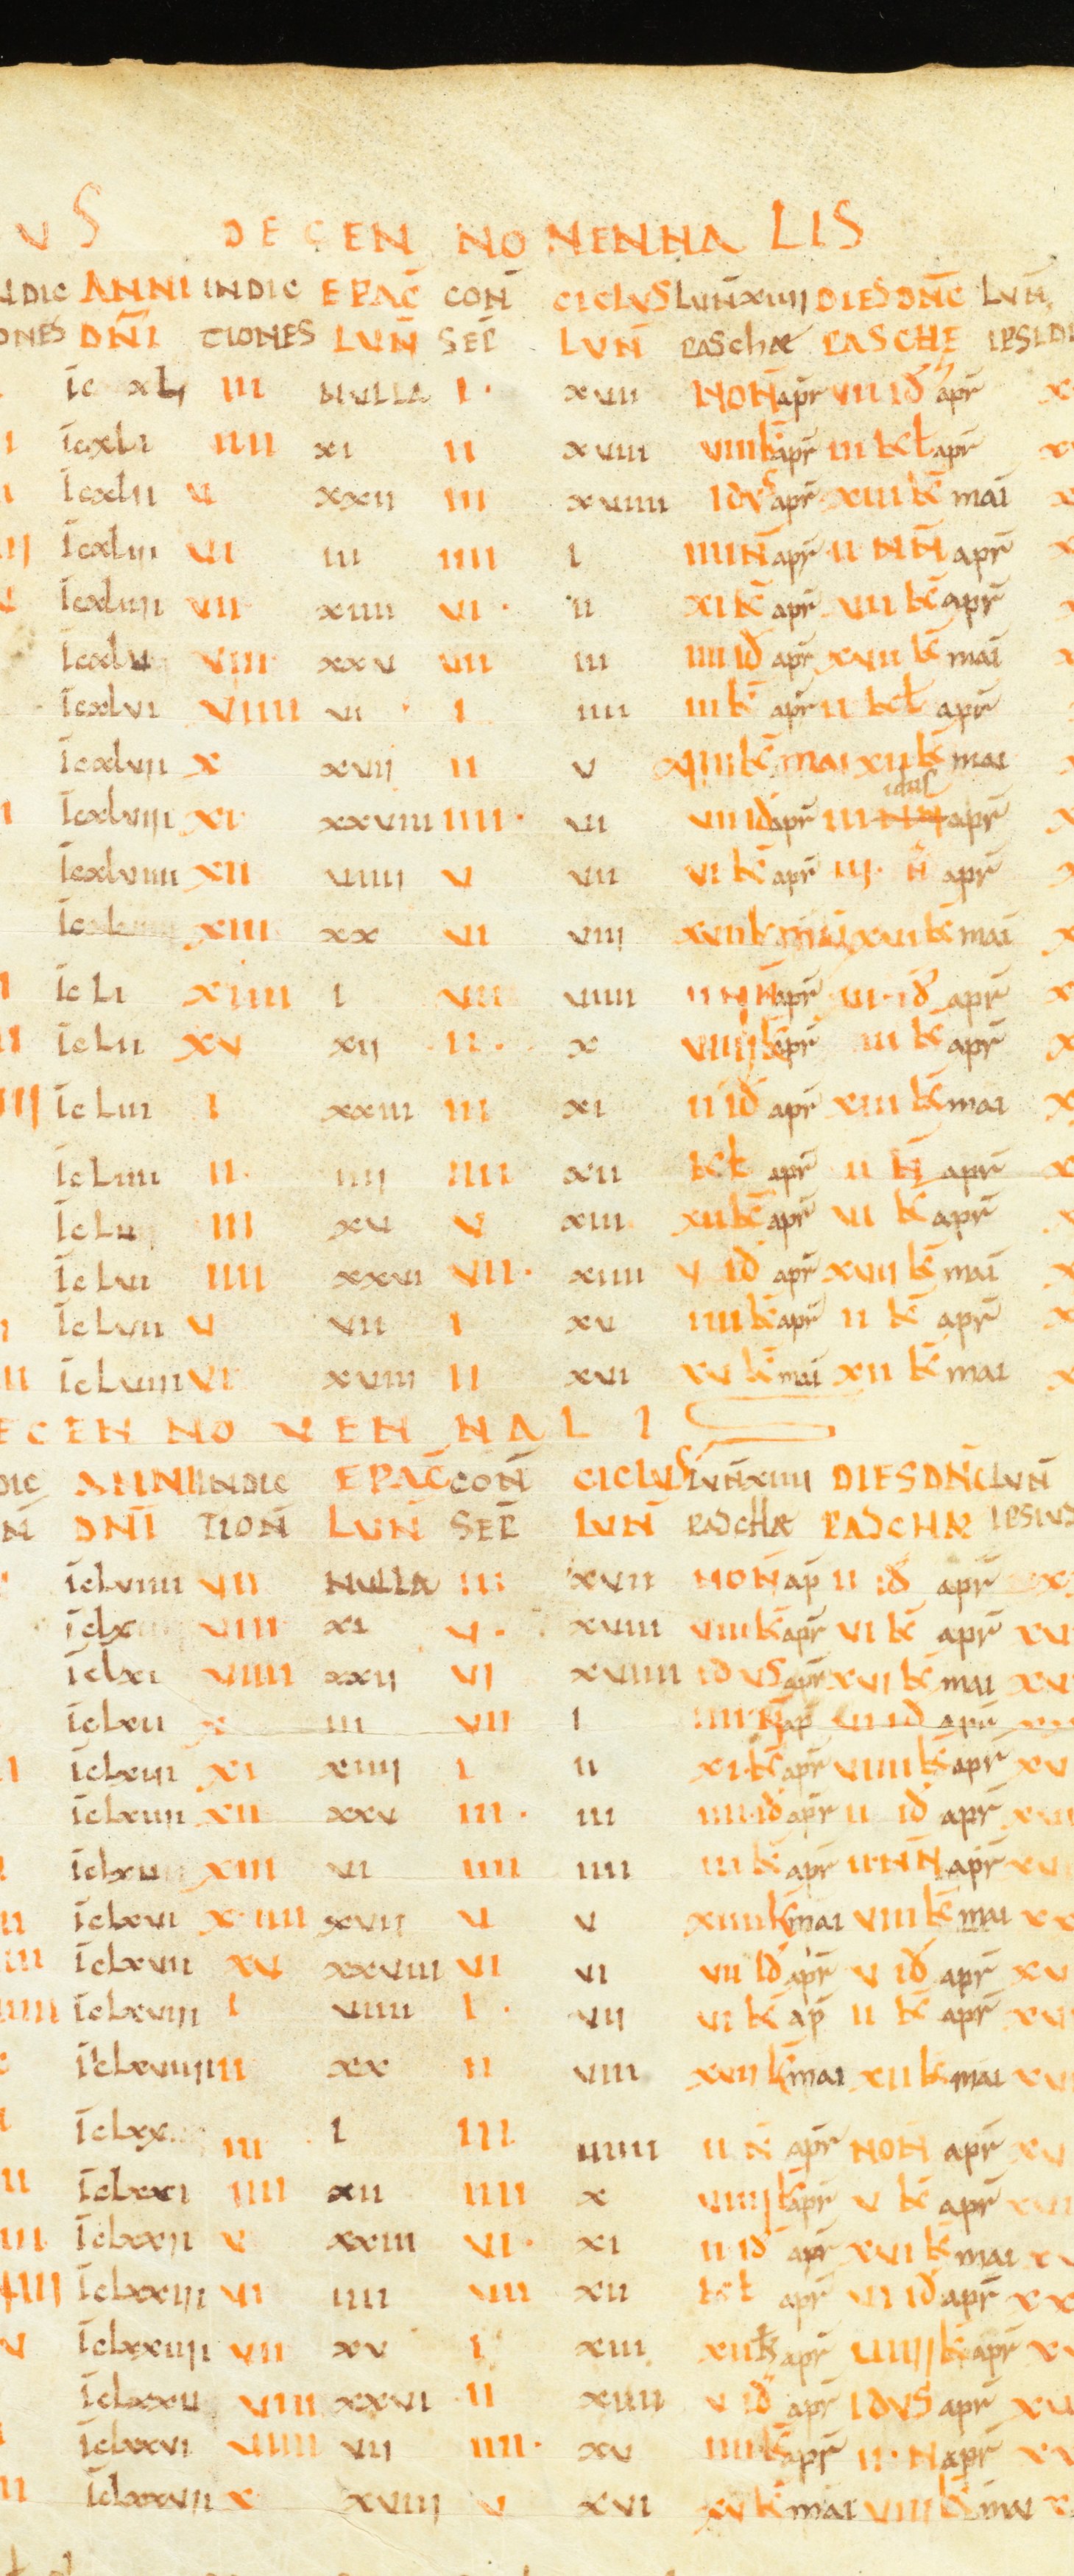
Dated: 1000–1049